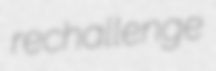
rechallenge